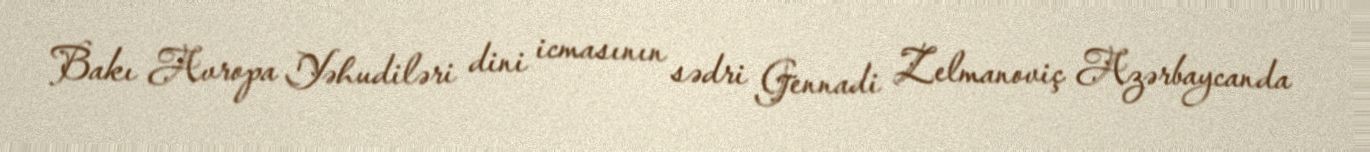
Bakı Avropa Yəhudiləri dini icmasının sədri Gennadi Zelmanoviç Azərbaycanda